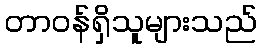
တာဝန်ရှိသူများသည်